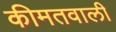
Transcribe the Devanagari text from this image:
कीमतवाली